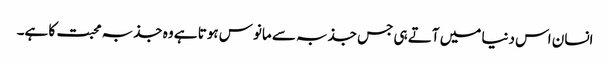
انسان اس دنیا میں آتے ہی جس جذبہ سے مانوس ہوتا ہے وہ جذبہ محبت کا ہے۔